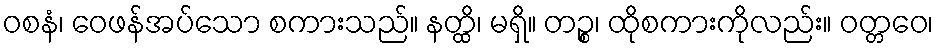
ဝစနံ၊ ဝေဖန်အပ်သော စကားသည်။ နတ္ထိ၊ မရှိ။ တဉ္စ၊ ထိုစကားကိုလည်း။ ဝတ္တဝေ၊